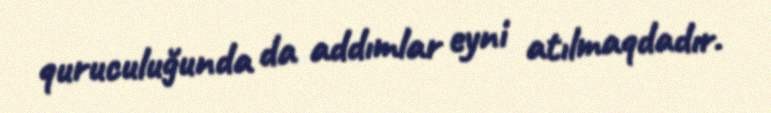
quruculuğunda da addımlar eyni atılmaqdadır.